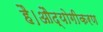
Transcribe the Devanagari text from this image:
है।औद्योगीकरण